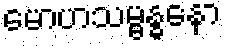
မောဟသမ္ဗန္ဓနော